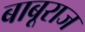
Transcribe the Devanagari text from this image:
बाबूराज